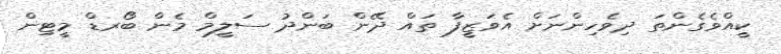
ކީއްވެގެންތަ ދިވެހިންނަށް އެވަޒީފާ ތައް ދޭން ބަންދު ސަލީމް މެން ބޯރޑް މީޓިން